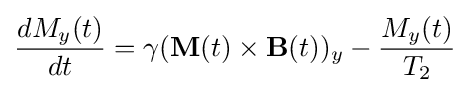
{\frac {dM_{y}(t)}{dt}}=\gamma (\mathbf {M} (t)\times \mathbf {B} (t))_{y}-{\frac {M_{y}(t)}{T_{2}}}